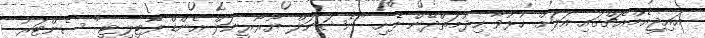
އައިޖީއެމްއެޗްގައި އަލަށް ހުޅުވާ ހިދުމަތްދޭން ފެށި "ނެޝަނަލް ޔޫރޯރީނަލް އެންޑް ފާޓިލިޓީ" ސެންޓަރު